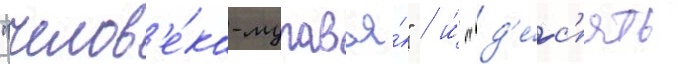
"челов'е́ка-муравья́" / и́ "д'е́с'ять